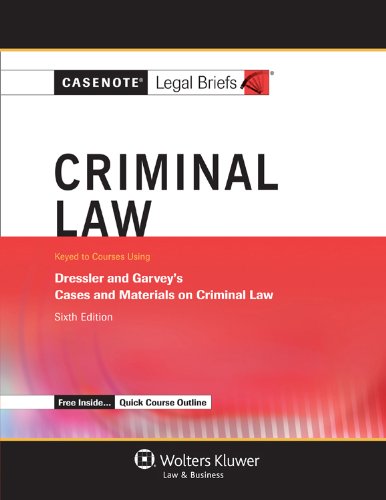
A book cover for Casenote Legal Briefs: Criminal Law, Keyed to Dressler and Garvey, Sixth Edition; Casenote Legal Briefs; Law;